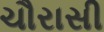
ચૌરાસી